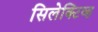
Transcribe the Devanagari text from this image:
सिलेक्टिव्ह